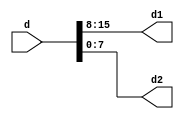

//////////////////////////////////////////////////////////////////////////////////
// Company: 
// Engineer: 
// 
// Design Name: 
// Module Name: splitter_data
// Project Name: 
// Target Devices: 
// Tool Versions: 
// Description: 
// 
// Dependencies: 
// 
// Revision:
// Revision 0.01 - File Created
// Additional Comments:
// 
//////////////////////////////////////////////////////////////////////////////////

`timescale 1ns / 1ps
module splitter_data(d,d1, d2);
    input [15:0] d;
    output [7:0] d1;
    output [7:0] d2;
    
    assign d1 = d[15:8];
    assign d2 = d[7:0];
endmodule